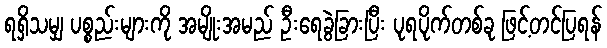
ရရှိသမျှ ပစ္စည်းများကို အမျိုးအမည် ဦးရေခွဲခြားပြီး ပုရပိုက်တစ်ခု ဖြင့်တင်ပြရန်